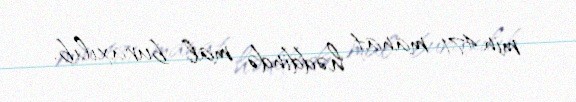
min 471 manat həddində mal buraxılıb.